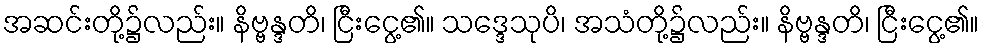
အဆင်းတို့၌လည်း။ နိဗ္ဗန္ဒတိ၊ ငြီးငွေ့၏။ သဒ္ဒေသုပိ၊ အသံတို့၌လည်း။ နိဗ္ဗန္ဒတိ၊ ငြီးငွေ့၏။